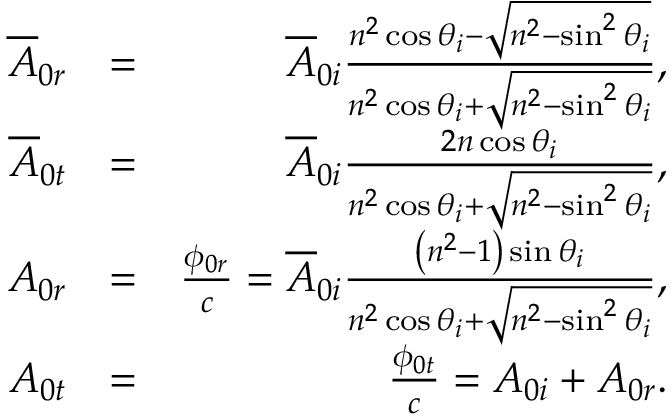
\begin{array} { r l r } { \overline { { A } } _ { 0 r } } & { = } & { \overline { { A } } _ { 0 i } \frac { n ^ { 2 } \cos \theta _ { i } - \sqrt { n ^ { 2 } - \sin ^ { 2 } \theta _ { i } } } { n ^ { 2 } \cos \theta _ { i } + \sqrt { n ^ { 2 } - \sin ^ { 2 } \theta _ { i } } } , } \\ { \overline { { A } } _ { 0 t } } & { = } & { \overline { { A } } _ { 0 i } \frac { 2 n \cos \theta _ { i } } { n ^ { 2 } \cos \theta _ { i } + \sqrt { n ^ { 2 } - \sin ^ { 2 } \theta _ { i } } } , } \\ { A _ { 0 r } } & { = } & { \frac { \phi _ { 0 r } } { c } = \overline { { A } } _ { 0 i } \frac { \left( n ^ { 2 } - 1 \right) \sin \theta _ { i } } { n ^ { 2 } \cos \theta _ { i } + \sqrt { n ^ { 2 } - \sin ^ { 2 } \theta _ { i } } } , } \\ { A _ { 0 t } } & { = } & { \frac { \phi _ { 0 t } } { c } = A _ { 0 i } + A _ { 0 r } . } \end{array}